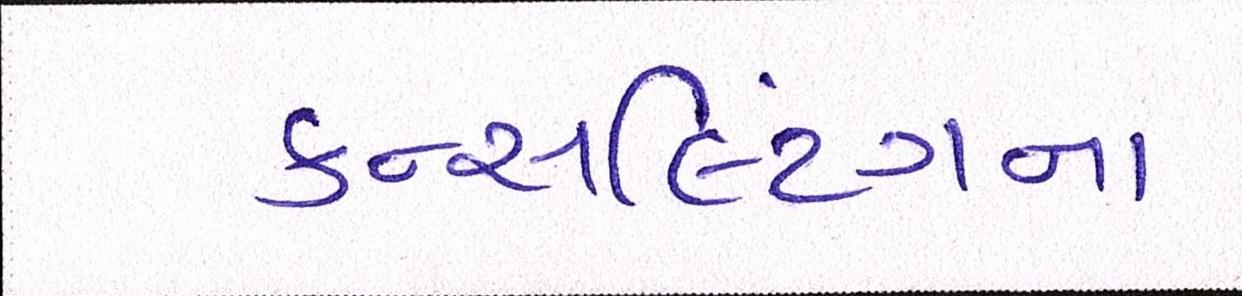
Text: કન્સલ્ટિંગના